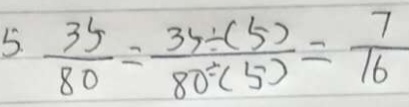
5 . \frac { 3 5 } { 8 0 } = \frac { 3 5 \div ( 5 ) } { 8 0 \div ( 5 ) } = \frac { 7 } { 1 6 }